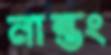
নান্তং